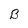
Character: B